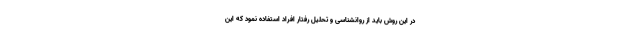
در این روش باید از روانشناسی و تحلیل رفتار افراد استفاده نمود که این